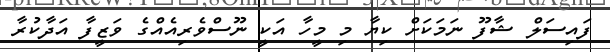
ފައިސަލް ޝާފޫ ނަމަކަށް ކިޔާ މި މީހާ އަކީ ނޫސްވެރިއެއްގެ ވަޒީފާ އަދާކުރާ